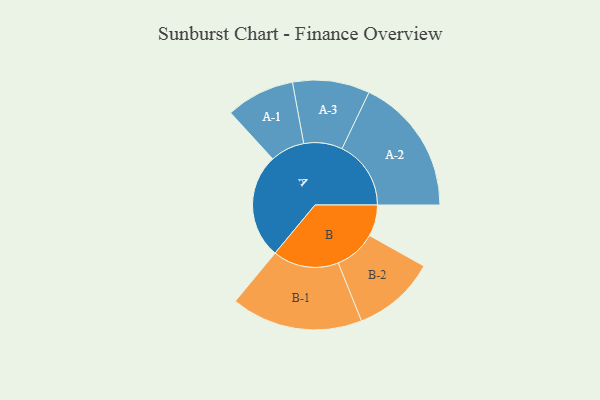
{"axis": {"x": "Segment", "y": "Value"}, "legend": ["", "A", "B"], "data": [{"x": "A", "y": 448, "type": ""}, {"x": "B", "y": 134, "type": ""}, {"x": "A-1", "y": 147, "type": "A"}, {"x": "A-2", "y": 295, "type": "A"}, {"x": "A-3", "y": 165, "type": "A"}, {"x": "B-1", "y": 282, "type": "B"}, {"x": "B-2", "y": 178, "type": "B"}]}